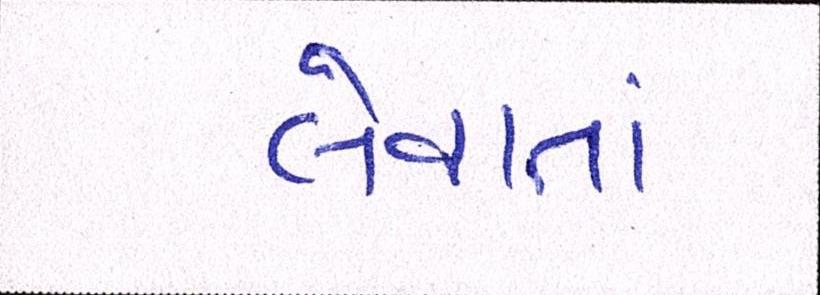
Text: લેવાતાં